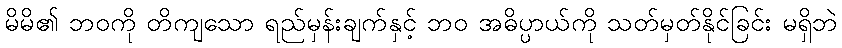
မိမိ၏ ဘဝကို တိကျသော ရည်မှန်းချက်နှင့် ဘဝ အဓိပ္ပာယ်ကို သတ်မှတ်နိုင်ခြင်း မရှိဘဲ